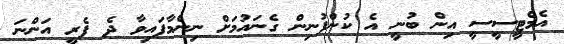
އެމްޓީސީސީ އިން ބުނީ އެ ކުންފުނިން ގެނައުމަށް ނިންމާފައިވާ ދެ ފެރީ އަންނަ